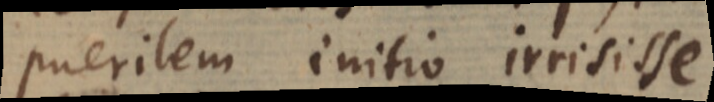
puerilem initio irrisisse